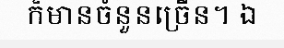
ក៏មានចំនួនច្រើន។ ឯ